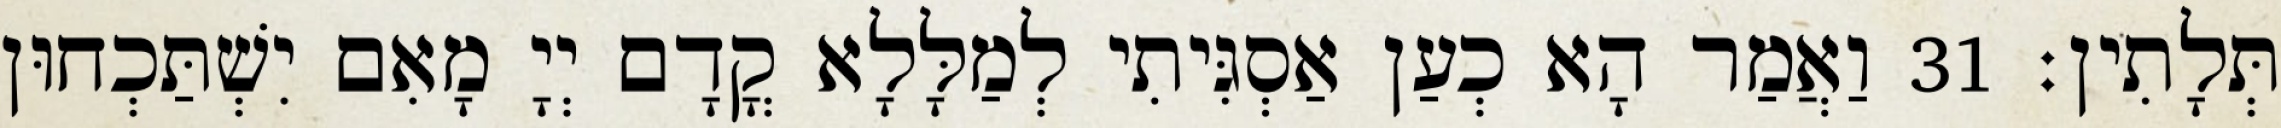
תְּלָתִין׃ 31 וַאֲמַר הָא כְעַן אַסְגִּיתִי לְמַלָּלָא קֳדָם יְיָ מָאִם יִשְׁתַּכְחוּן